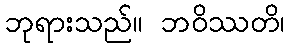
ဘုရားသည်။ ဘဝိဿတိ၊